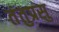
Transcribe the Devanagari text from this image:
तंतुप्रसु